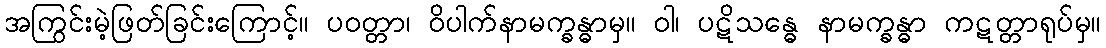
အကြွင်းမဲ့ဖြတ်ခြင်းကြောင့်။ ပဝတ္တာ၊ ဝိပါက်နာမက္ခန္ဓာမှ။ ဝါ၊ ပဋိသန္ဓေ နာမက္ခန္ဓာ ကဋတ္တာရုပ်မှ။